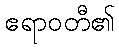
ဧရာဝတီ၏